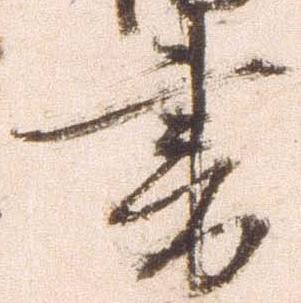
書